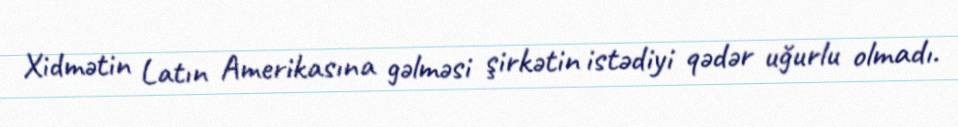
Xidmətin Latın Amerikasına gəlməsi şirkətin istədiyi qədər uğurlu olmadı.